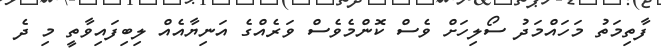
ފާތިމަތު މަހައްމަދު ސޯލިހަށް ވެސް ކޮންމެވެސް ވަރެއްގެ އަނިޔާއެއް ލިބިފައިވާތީ މި ދެ